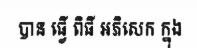
បាន ធ្វើ ពិធី អភិសេក ក្នុង